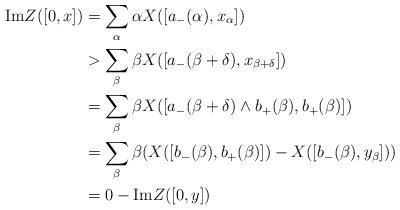
LaTeX: \begin{align*}\mathrm{Im}Z([0,x])&=\sum_\alpha \alpha X([a_-(\alpha),x_\alpha]) \\&>\sum_\beta \beta X([a_-(\beta+\delta),x_{\beta+\delta}]) \\&=\sum_\beta \beta X([a_-(\beta+\delta)\wedge b_+(\beta),b_+(\beta)]) \\&=\sum_\beta \beta (X([b_-(\beta),b_+(\beta)])-X([b_-(\beta),y_\beta])) \\&=0-\mathrm{Im}Z([0,y])\end{align*}